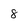
Character: 8